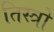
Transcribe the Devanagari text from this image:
तिस्त्रो